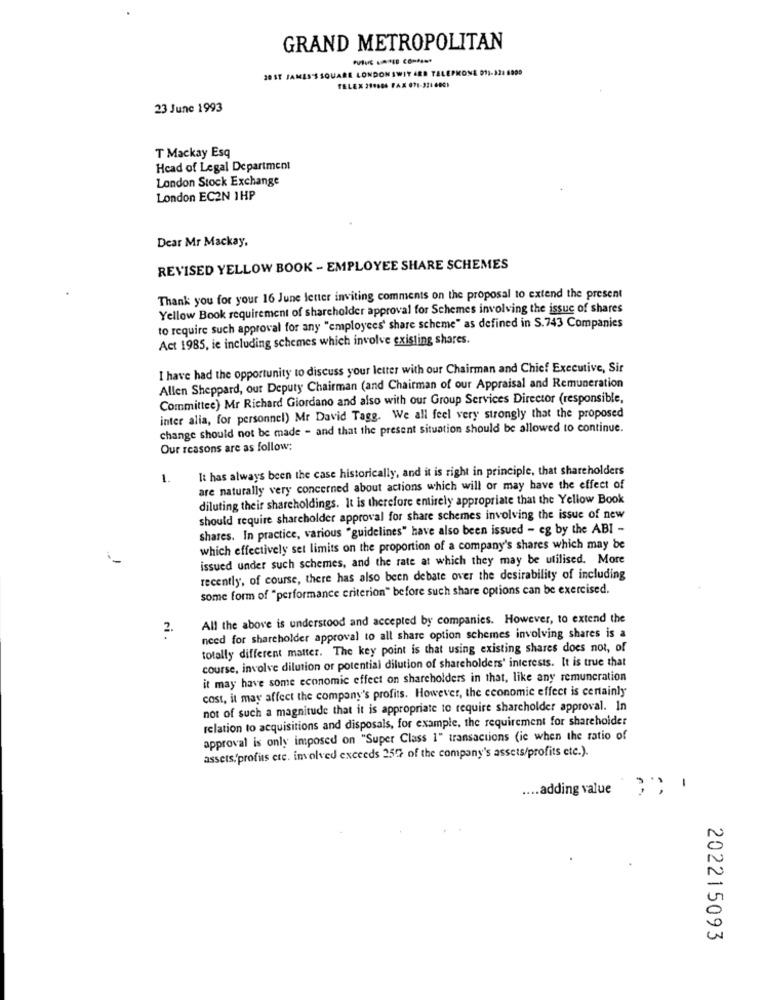
GRAND METROPOLITAN
UARE LONDON SWIT &RD TELEPHONE 011-328 8000
TELEX 219606 FAX 071-321 6001
23 June 1993
T Mackay Esq
Head of Legal Department
London Stock Exchange
London EC2N 1HP
Dear Mr Mackay,
REVISED YELLOW BOOK - EMPLOYEE SHARE SCHEMES
Thank you for your 16 June letter inviting comments on the proposal to extend the present
Yellow Book requirement of shareholder approval for Schemes involving the issue of shares
to require such approval for any "employees' share scheme" as defined in S.743 Companies
Act 1985, ie including schemes which involve existing shares.
I have had the opportunity to discuss your letter with our Chairman and Chief Executive, Sir
Allen Sheppard, our Deputy Chairman (and Chairman of our Appraisal and Remuneration
Committee) Mr Richard Giordano and also with our Group Services Director (responsible,
inter alia, for personnel) Mr David Tage. We all feel very strongly that the proposed
change should not be made - and that the present situation should be allowed to continue.
Our reasons are as follow;
It has always been the case historically, and it is right in principle, that shareholders
1.
are naturally very concerned about actions which will or may have the effect of
diluting their shareholdings. It is therefore entirely appropriate that the Yellow Book
should require shareholder approval for share schemes involving the issue of new
shares. In practice, various "guidelines" have also been issued - eg by the ABI -
which effectively set limits on the proportion of a company's shares which may be
issued under such schemes, and the rate at which they may be utilised. More
recently, of course, there has also been debate over the desirability of including
some form of "performance criterion" before such share options can be exercised.
All the above is understood and accepted by companies. However, to extend the
2.
need for shareholder approval to all share option schemes involving shares is a
totally different matter. The key point is that using existing shares does not, of
course, involve dilution or potential dilution of shareholders' interests. It is true that
it may have some economic effect on shareholders in that, like any remuneration
cost, it may affect the company's profits. However, the economic effect is certainly
not of such a magnitude that it is appropriate to require shareholder approval. In
relation to acquisitions and disposals, for example, the requirement for shareholder
approval is only imposed on "Super Class 1" transactions (ie when the ratio of
assets,'profits etc. involved exceeds 25G of the company's assets/profits etc.).
.... adding value
202215093